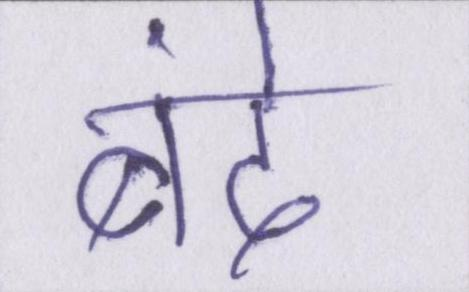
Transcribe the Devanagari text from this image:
बंदे